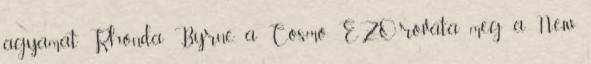
agyamat Rhonda Byrne, a Cosmo EZO-rovata meg a New